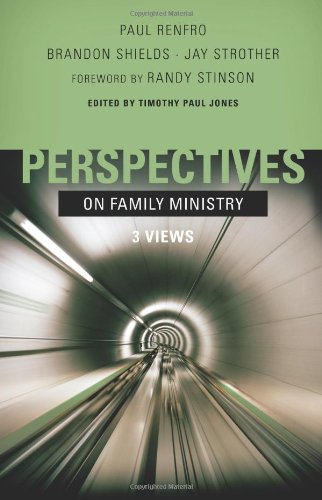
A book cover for Perspectives on Family Ministry: Three Views; Christian Books & Bibles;